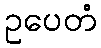
ဥပေတံ